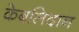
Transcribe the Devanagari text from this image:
केबलिदान